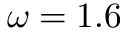
\omega = 1 . 6